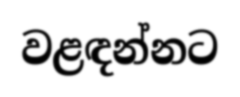
වළඳන්නට